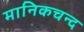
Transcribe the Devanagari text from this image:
मानिकचन्द